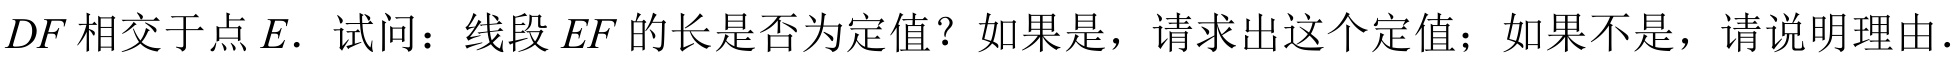
$DF$相交于点$E.$ 试问：线段$EF$的长是否为定值？如果是，请求出这个定值；如果不是，请说明理由.